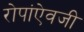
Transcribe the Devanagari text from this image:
रोपांएेवजी